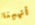
أنهينا